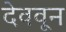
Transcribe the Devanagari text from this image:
देववून